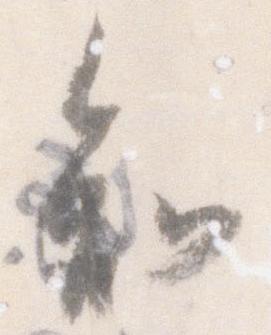
知